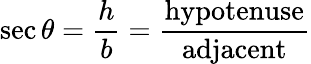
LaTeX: \sec\theta={\frac{h}{b}}={\frac{\mathrm{hypotenuse}}{\mathrm{adjacent}}}